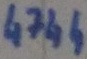
Text: 4744